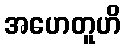
အဟေတူဟိ